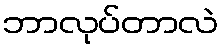
ဘာလုပ်တာလဲ